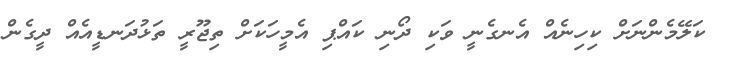
ކަލޭމެންނަށް ކިހިނެއް އެނގެނީ ވަކި ދޯނި ކައްޕި އެމީހަކަށް ތިޖޫރީ ތަޅުދަނޑީއެއް ދީގެން